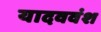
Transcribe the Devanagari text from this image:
यादववंश